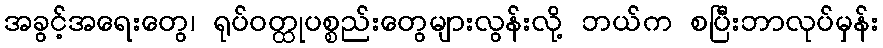
အခွင့်အရေးတွေ၊ ရုပ်ဝတ္ထုပစ္စည်းတွေများလွန်းလို့ ဘယ်က စပြီးဘာလုပ်မှန်း